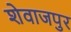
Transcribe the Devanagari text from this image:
शेवाजपुर